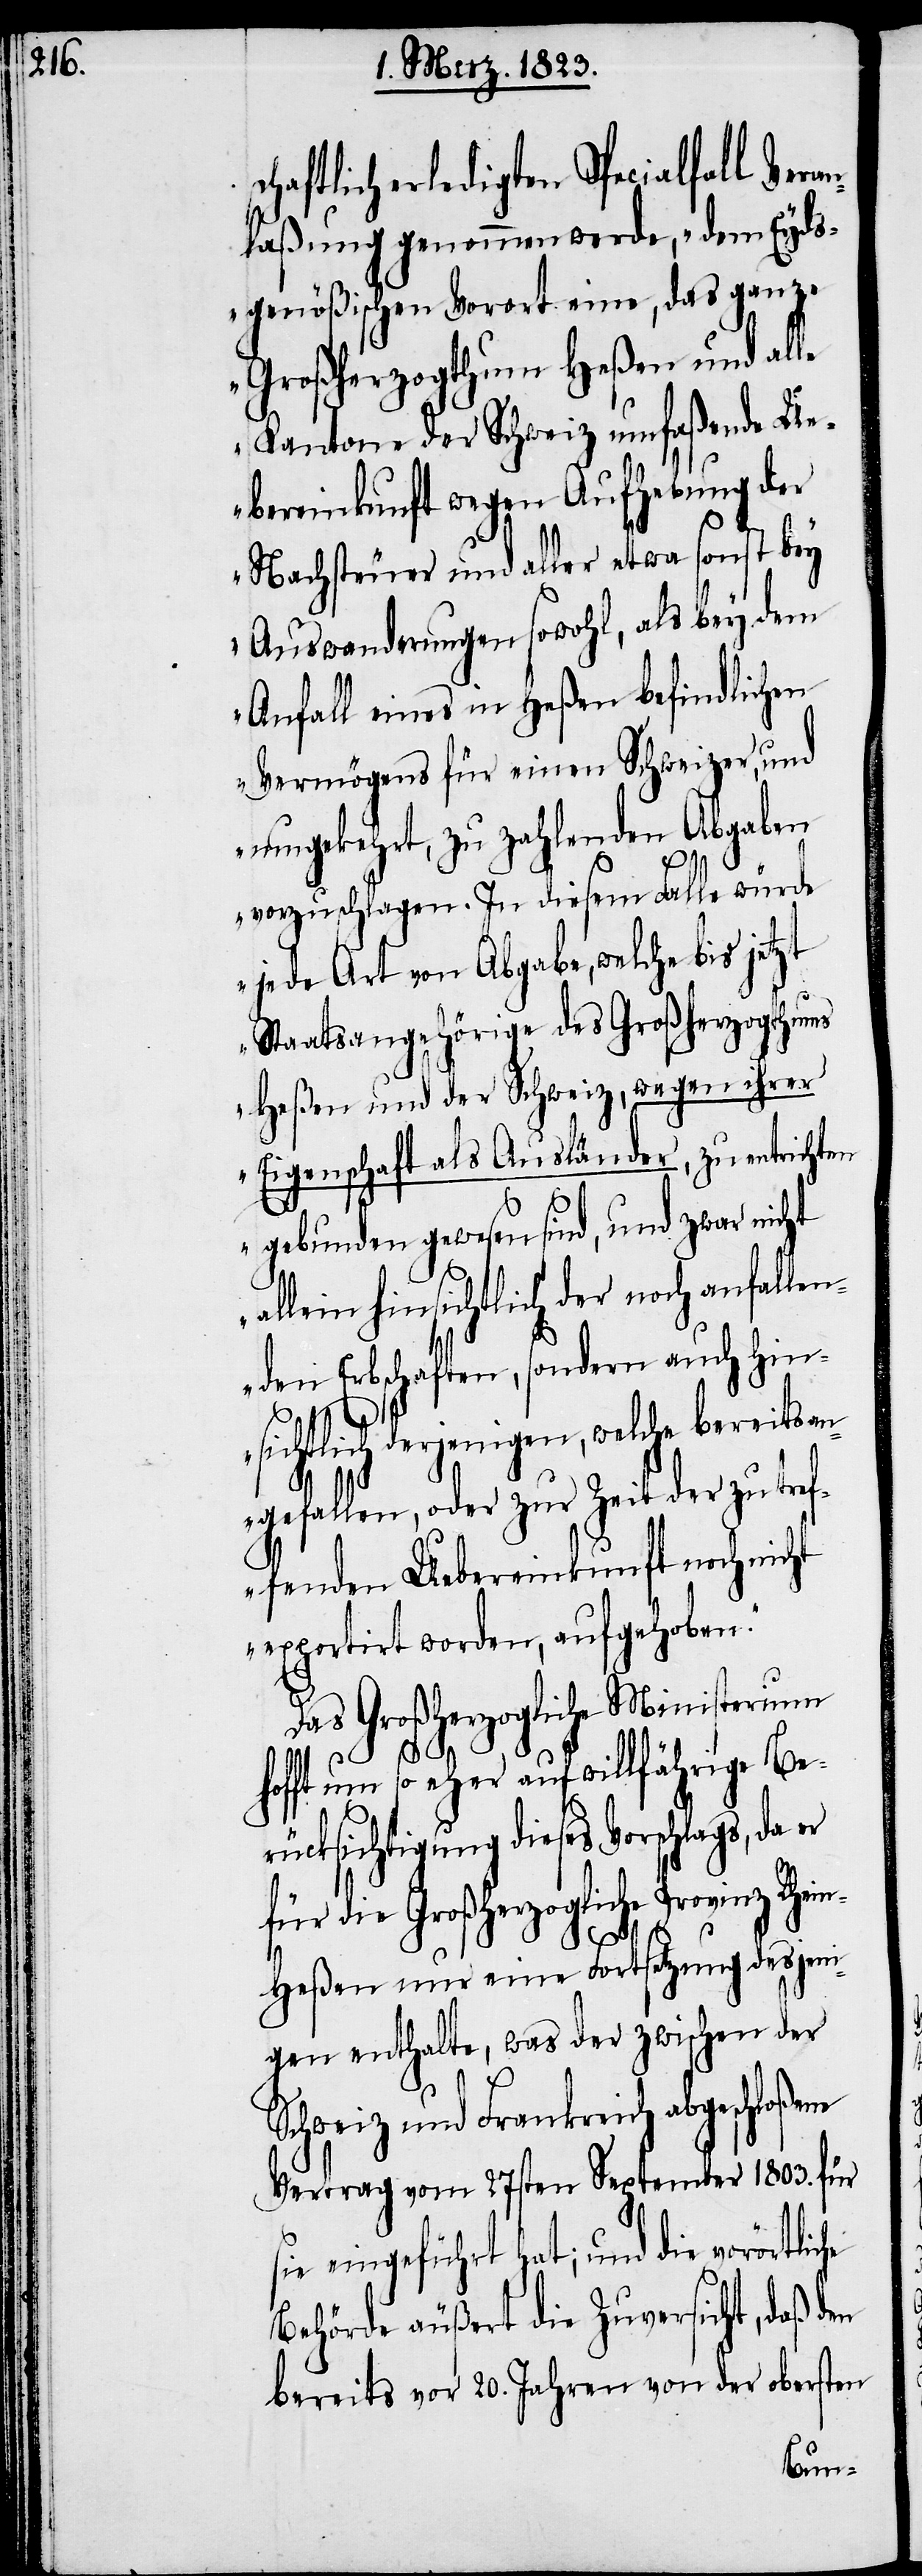
haftlich erledigten Specialfall Veran¬
laßung genommen werde, „dem Eyds¬
genößischen Vorort eine, das ganze
Großherzogthum Heßen und alle
Kantone der Schweiz umfaßende Ue¬
bereinkunft wegen Aufhebung der
Nachsteuer und aller etwa sonst bey
Auswanderungen sowohl, als bey dem
Anfall eines in Heßen befindlichen
Vermögens für einen Schweizer, und
umgekehrt, zu zahlenden Abgaben
vorzuschlagen. In diesem Falle würd¬
e jede Art von Abgabe, welche bis jetzt
Staatsangehörige des Großherzogthums
Heßen und der Schweiz, wegen ihrer
Eigenschaft als Ausländer, zu entrichten
gebunden gewesen sind, und zwar nicht
allein hinsichtlich der noch anfallen¬
den Erbschaften, sondern auch hins¬
ichtlich derjenigen, welche
gefallen, oder zur Zeit der zu tre¬
ffenden Uebereinkunft noch nicht
exportirt worden, aufgehoben.“
Das Großherzogliche Ministerium
che
hofft um so eher auf willfährige Be¬
rücksichtigung dieses Vorschlags, da
für die Großherzogliche Provinz Rhei¬
n-Heßen nur eine Fortsetzung desjeni¬
gen enthalte, was der zwischen der
Schweiz und Frankreich abgeschloßene
Vertrag vom 27sten September 1803. für
sie eingeführt hat; und die vorörtli¬
Behörde äußert die Zuversicht, daß den
bereits vor 20. Jahren von der obersten
an¬